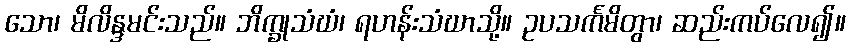
သော၊ မိလိန္ဒမင်းသည်။ ဘိက္ခုသံဃံ၊ ရဟန်းသံဃာသို့။ ဥပသင်္ကမိတွာ၊ ဆည်းကပ်လေ၍။